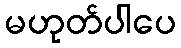
မဟုတ်ပါပေ